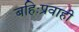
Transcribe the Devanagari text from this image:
बहिःप्रवाही